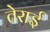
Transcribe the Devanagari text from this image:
तेराई